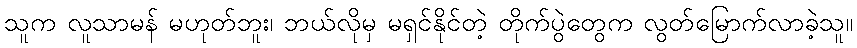
သူက လူသာမန် မဟုတ်ဘူး၊ ဘယ်လိုမှ မရှင်နိုင်တဲ့ တိုက်ပွဲတွေက လွတ်မြောက်လာခဲ့သူ။